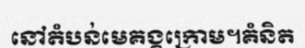
នៅតំបន់មេគង្គក្រោម។គំនិត